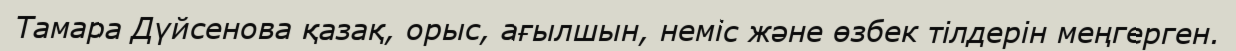
Тамара Дүйсенова қазақ, орыс, ағылшын, неміс және өзбек тілдерін меңгерген.